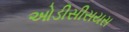
ઓડીસીસયસ